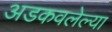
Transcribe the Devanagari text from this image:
अडकवलेल्या